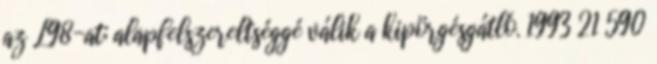
az L98-at; alapfelszereltséggé válik a kipörgésgátló. 1993 21 590